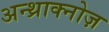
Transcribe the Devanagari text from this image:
अन्थ्राक्नोज़